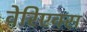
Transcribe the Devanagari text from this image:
वेरिएक्स